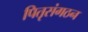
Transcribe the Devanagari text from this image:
पितृसंगठन